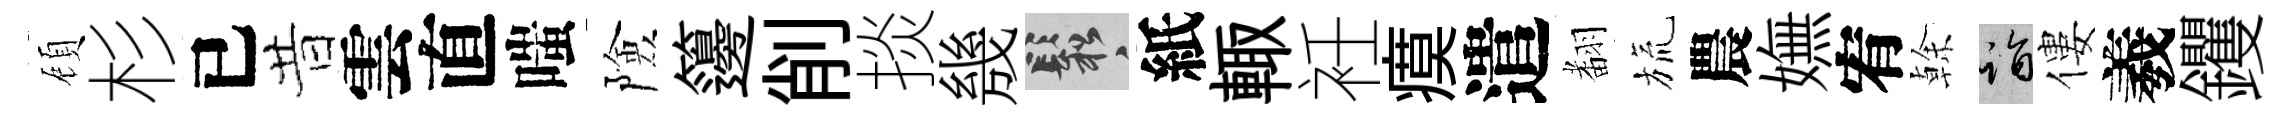
頋杉已昔雲直嗤險籩削掞㡬鬆紙輙衽瘼遣𮋒旒農嫵宥𠏉诣僂羲钁